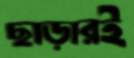
ছাড়ারই